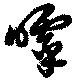
嘑